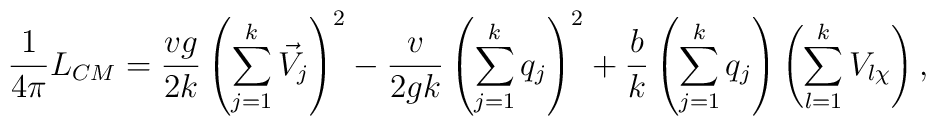
\frac{1}{4\pi}L_{CM}= \frac{vg}{2k}\left(\sum_{j=1}^k\vec{V}_j\right)^2-\frac{v}{2gk}\left(\sum_{j=1}^kq_j\right)^2+\frac{b}{k}\left(\sum_{j=1}^k q_j\right)\left(\sum_{l=1}^k V_{l\chi}\right),